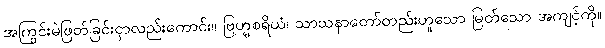
အကြွင်းမဲဖြတ်ခြင်းငှာလည်းကောင်း။ ဗြဟ္မစရိယံ၊ သာသနာတော်တည်းဟူသော မြတ်သော အကျင့်ကို။